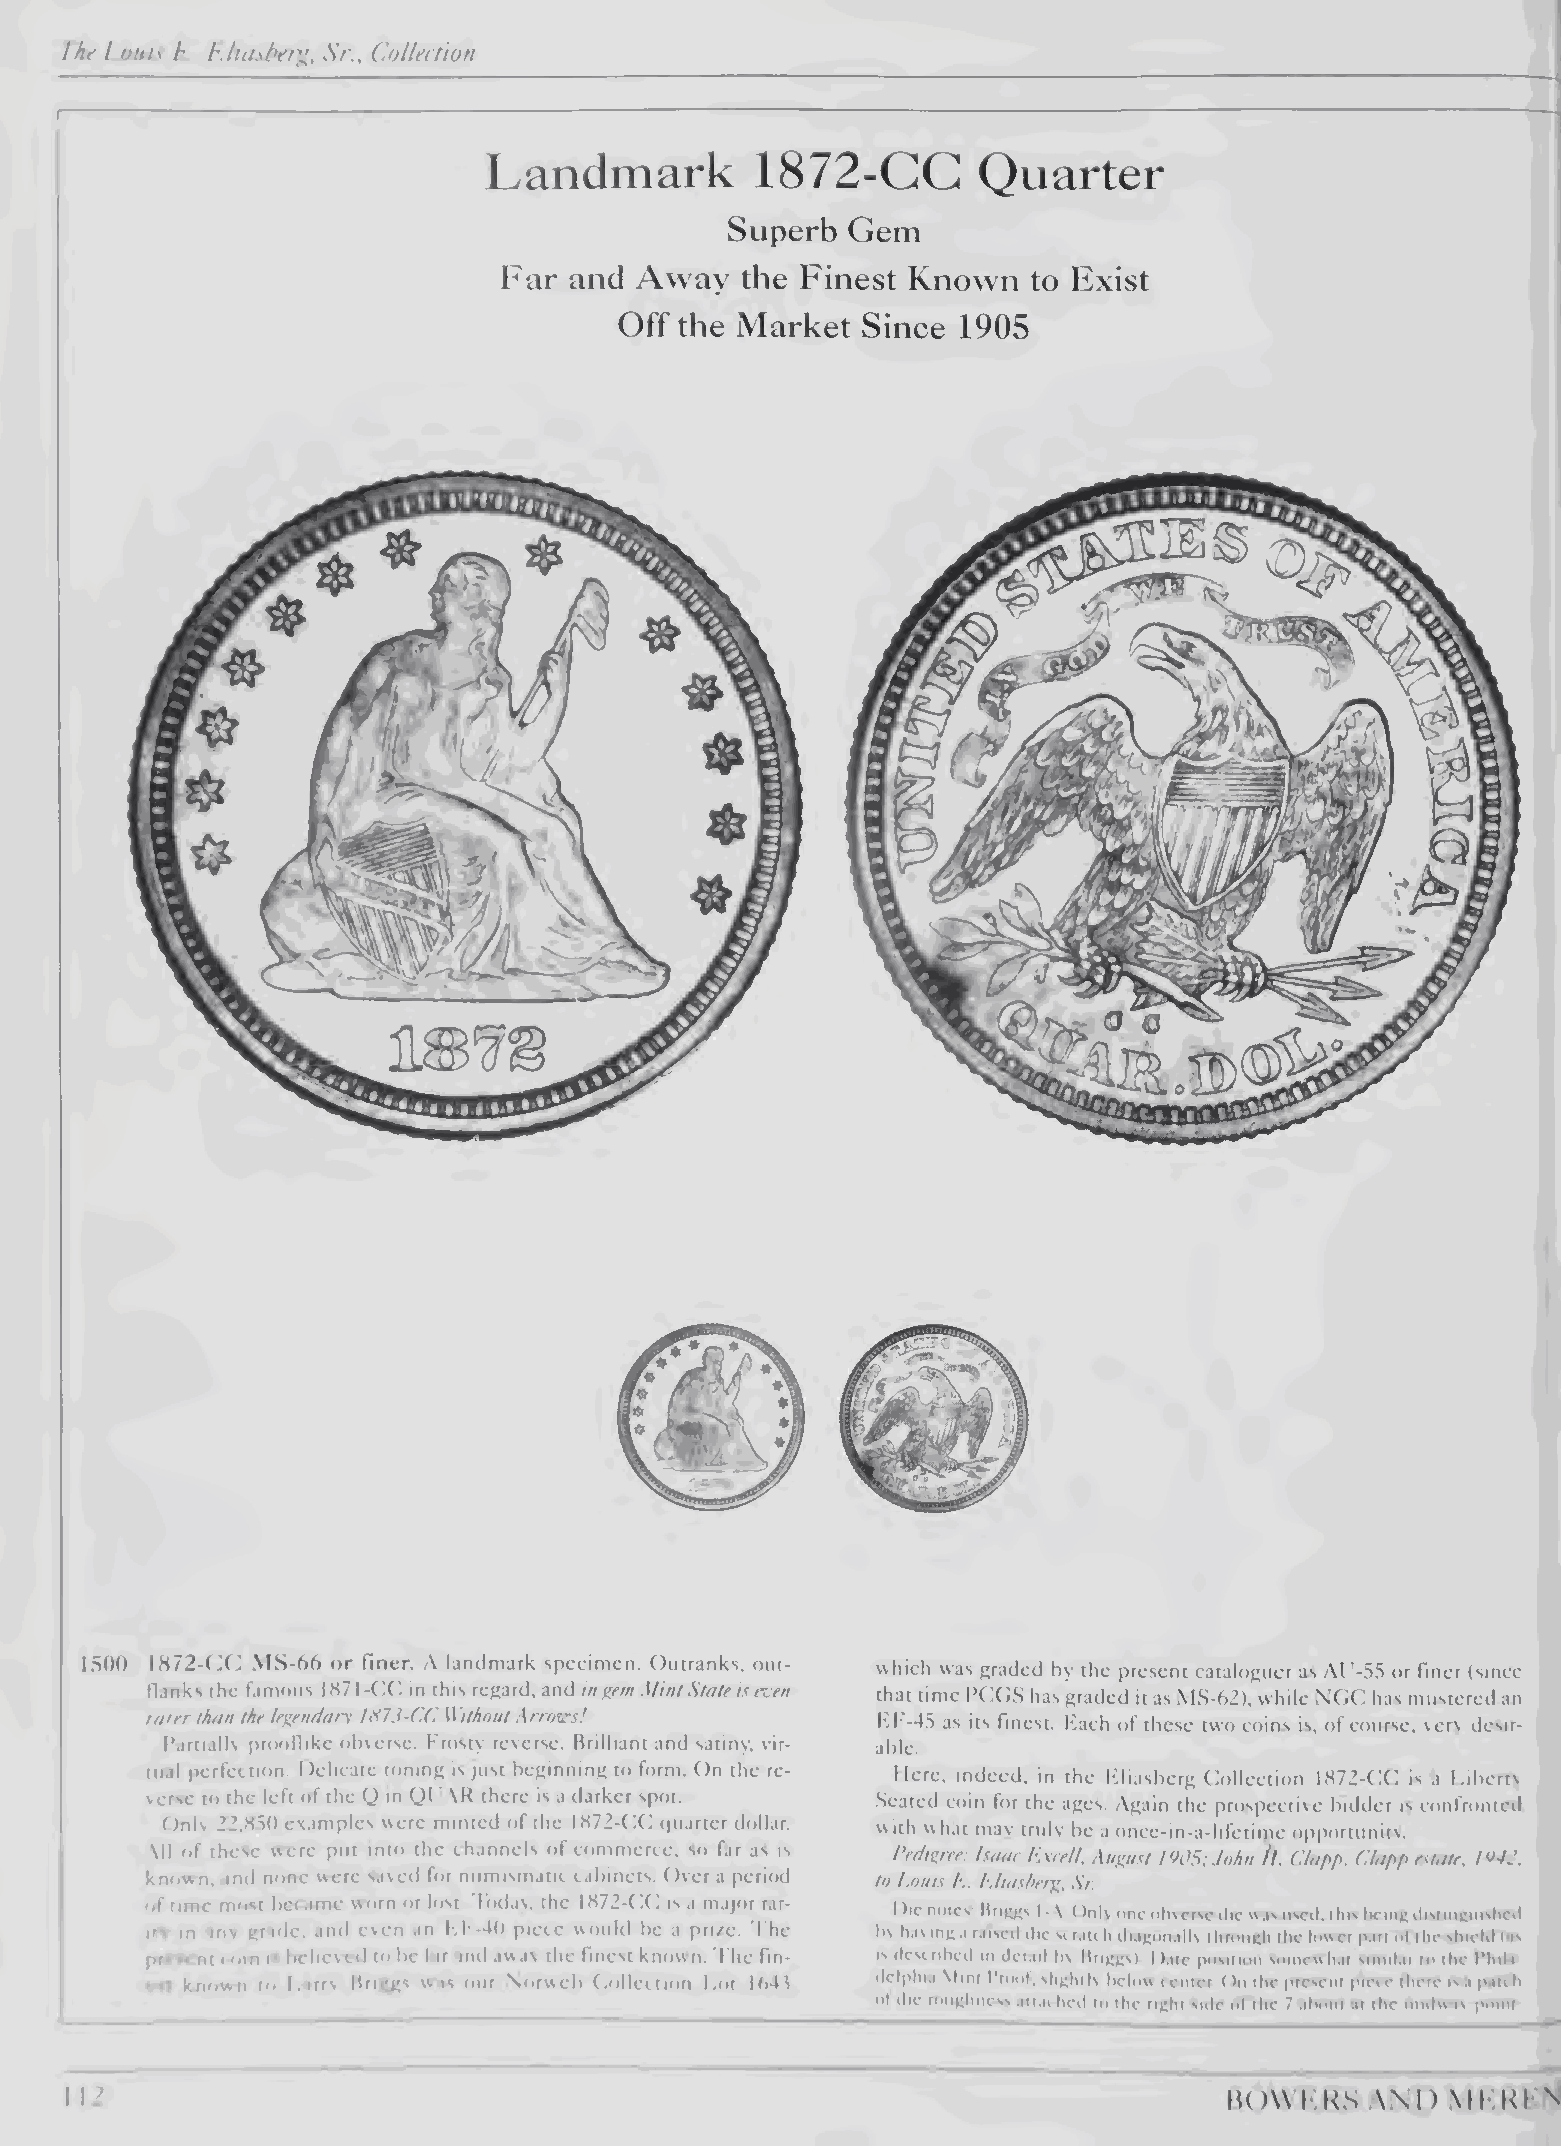
I'ht' Louis L. L/uisLer'^, Sr., Collection
 Landmark          1872-CG        Quarter
 Superb  Gem
 Far  and Away   the Finest Known   to Exist
 Off the Market  Since  1905
 I5(K) 1872-CX] \tS-66 or finer. A landmark specimen. Outranks, out¬
 which was graded by the present cataloguer as AT-55 or finer (since
 flanks the famous 1871-(X; in this regard, and in Mint State is ezen
 that time PfXiS has graded it as MS-62), while N(»(] has mustered an
 rarer than the legendary IS7.i-(Xi Without Arroxirs!
 KF--4.S as its finest. F^ach of these two coins is, of course, ver\ desir¬
 I'artially prcMrflike obverse. Frosty reverse. Brilliant and satiny, vir¬ able.
 tual perfection. I felicate toning is just beginning to form. ()n the re¬
 Here, indeed, in the Kliasberg Oollection 1872-00 is a Libertv
 verse to the left of the Q m Q( .\R there is a darker spot.
 •Seated coin for the ages. .Again the prospective bidder is confronted
 Only 2Z,MS() examples were minted of the 1872-00 rpiarter dollar.
 with w hat may truly be a once-in-a-lifetime opportunitv.
 All r»f these were put into the channels of commerce, so far as is
 Pedigree: Isaac h.xiell. August !90S: John //■ Clapp. Clapp estate, 1942,
 known, and none were savetl for numismatic cabinets. Over a period to Louis L. Lliasherg, Sr.
 of time most betame wnrn or lost, loday, the 1872-0(> is a major rar-
 I )ic notes Briggs I -.V. ()nly one obverse ilie ss as used, this licing distinguished
 itv in anv grade, and even an KI -40 piece would be a pri/.e. The
 bv having a raised die scran h diagonallv through the lower part ot the shield (as
 present roin is l^tclievcd to be far and away the finest known. The fin- IS described in detail bv Briggs) I )ate position somewhat similat to the I’hila
 -r known to l/arry Briggs was our Norweb Oollection Lot W>4.^ delphta Mint I'riHil, slightly below lenter ()n the present piese there is a patch
 ot die roughness attached lo the right side ot the 7 alMuit ai the midwas (soint